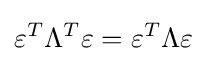
\varepsilon ^{T}\Lambda ^{T}\varepsilon =\varepsilon ^{T}\Lambda \varepsilon